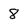
Character: 8